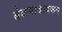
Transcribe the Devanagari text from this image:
बेळगावावरून